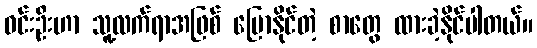
ဝင်းဦးဟာ သူ့လက်ရာအဖြစ် ပြောနိုင်တဲ့ စာတွေ ထားခဲ့နိုင်ပါတယ်။